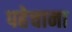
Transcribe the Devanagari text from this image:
पहेचाना